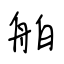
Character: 舶